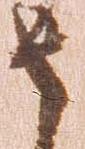
さ